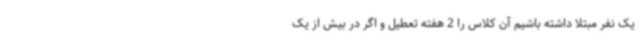
یک نفر مبتلا داشته باشیم آن کلاس را 2 هفته تعطیل و اگر در بیش از یک